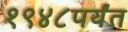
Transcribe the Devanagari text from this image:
१९४८पर्यंत